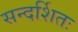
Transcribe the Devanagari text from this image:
सन्दर्शितः